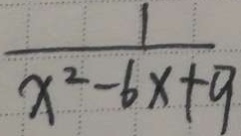
\frac { 1 } { x ^ { 2 } - 6 x + 9 }